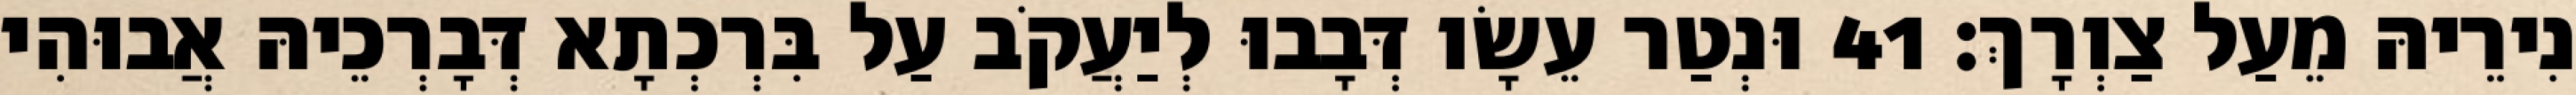
נִירֵיהּ מֵעַל צַוְרָךְ׃ 41 וּנְטַר עֵשָׂו דְּבָבוּ לְיַעֲקֹב עַל בִּרְכְתָא דְּבָרְכֵיהּ אֲבוּהִי